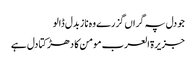
جو دل پہ گراں گزرے وہ ناز بدل ڈالو
جزیرۃ العرب مومن کا دھڑکتا دل ہے